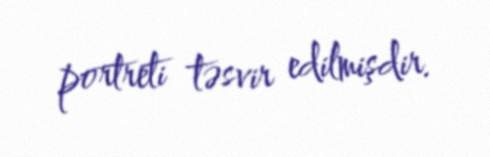
portreti təsvir edilmişdir.